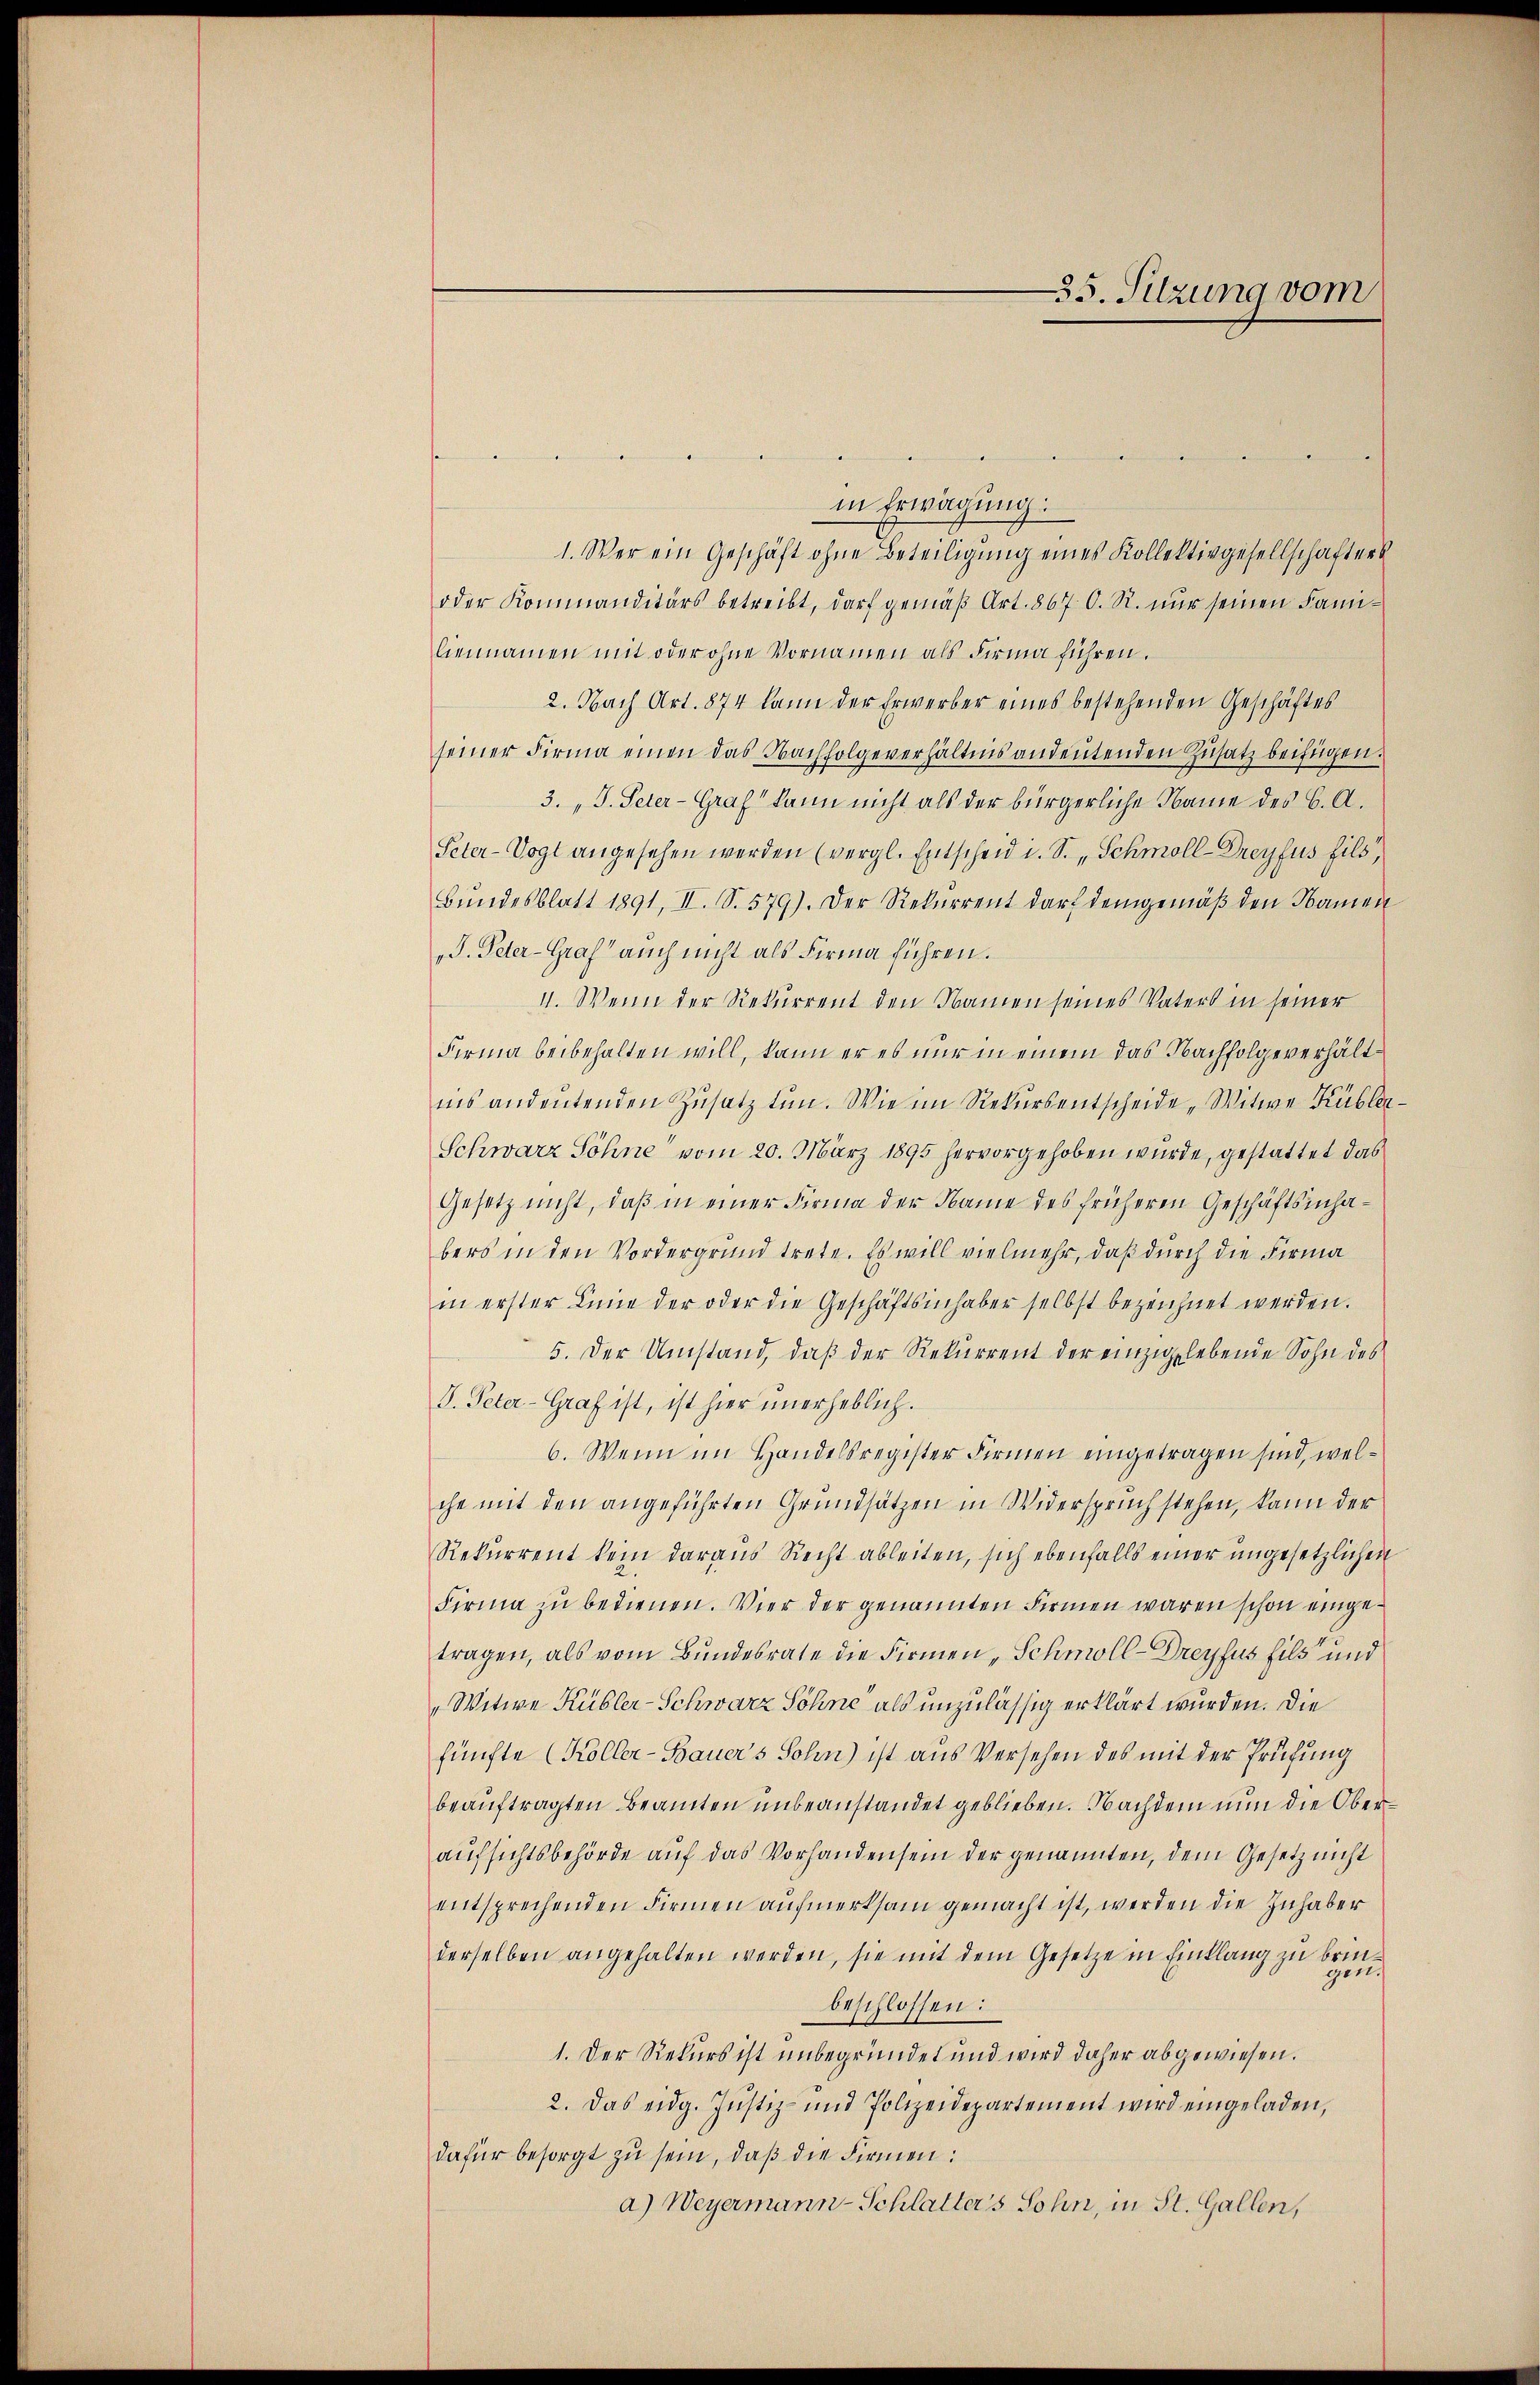
35. Sitzung vom

in Erwägung:
1. Wer ein Geschäft ohne Beteiligung eines Kollektivgesellschafters
oder Kommanditärs betreibt, darf gemäß Art. 867. O. R. nur seinen Familiennamen mit oder ohne Vornamen als Firma führen.
2. Nach Art. 874 kann der Erwerber eines bestehenden Geschäftes
seiner Firma einen das Nachfolgeverhältnis andeutenden Zusatz beifügen.
3. „J. Peter-Graf kann nicht als der bürgerliche Name des C. A.
Peter-Vogt angesehen werden (vergl. Entscheid i. S. Schmoll-Dreyfus fils
Bŭndesblatt 1891, II. S. 579). Der Rekurrent darf demgemäβ den Namen
„J. Peter-Graf auch nicht als Firma führen.
II. Wenn der Rekurrent den Namen seines Vaters in seiner
Firma beibehalten will, kann er es nur in einem das Nachfolgeverhältins andeutenden Zusatz tun. Wie im Rekurs entscheide, Witwe Kübler
Schwarz Söhne vom 20. März 1895 hervorgehoben würde, gestattet das
Gesetz nicht, daß in einer Firma der Name des früheren Geschäftsinhabers in den Vordergrund trete. Es will vielmehr, daß durch die Firma
in erster Linie der oder die Geschäftsinhaber selbst bezeichnet werden.
5. Der Umstand, daß der Rekurrent der einzigelebende Sohn des
I. Peter-Graf ist, ist hier unerheblich.
6. Wenn im Handelsregister Firmen eingetragen sind, welche mit den angeführten Grundsätzen in Widerspruch stehen, kann der
Rekurrent kein daraus Recht ableiten, sich ebenfalls einer ungesetzlichen
Firma zu bedienen. Vier der genannten Firmen waren schon eingetragen, als vom Bundesrate die Firmen, Schmoll-Dreyfus fils und
" Witwe Kübler-Schwarz Söhne als unzulässig erklärt wurden. Die
fünfte (Koller-Bauers Sohn) ist aus Versehen des mit der Prüfung
beauftragten Beamten unbeanstandet geblieben. Nachdem nun die Oberaufsichtsbehörde auf das Vorhandensein der genannten, dem Gesetz nicht
entsprechenden Firmen aufmerksam gemacht ist, werden die Inhaber
derselben angehalten werden, sie mit dem Gesetze in Einklang zu brinbeschlossen:
1. Der Rekurs ist unbegründet und wird daher abgewiesen.
2. Das eidg. Justiz- und Polizeidepartement wird eingeladen,
dafür besorgt zu sein, daß die Firmen:
a) Weyermann-Schlatters Sohn, in St. Gallen,